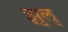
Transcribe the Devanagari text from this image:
झुलु